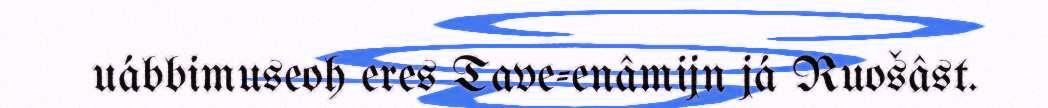
uábbimuseoh eres Tave-enâmijn já Ruošâst.